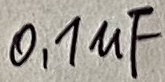
Text: 0,1µF